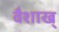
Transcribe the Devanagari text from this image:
वैशाख्